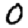
Digit: 0